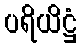
ပရိယိဋ္ဌံ